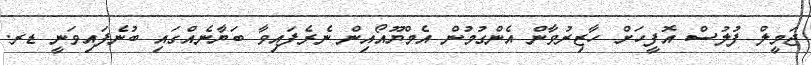
ޖަމީލް ފުލުސް އޮފީހަށް ހާޒިރުވާން އެންގުމުން އެމްޔޫއޯއިން ނެރެފައިވާ ބަޔާނެއްގައި ބުނެފައިވަނީ ޑރ.